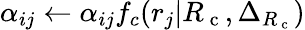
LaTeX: \alpha_{ij}\leftarrow\alpha_{ij}f_{c}(r_{j}|{R_{\mathrm{~c~}}},\Delta_{{R_{\mathrm{~c~}}}})